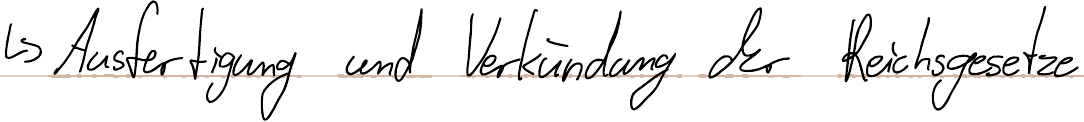
-> Ausfertigung und Verkündung der Reichsgesetze